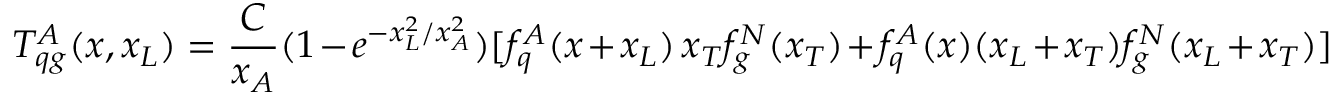
T _ { q g } ^ { A } ( x , x _ { L } ) = \frac { C } { x _ { A } } ( 1 - e ^ { - x _ { L } ^ { 2 } / x _ { A } ^ { 2 } } ) [ f _ { q } ^ { A } ( x + x _ { L } ) \, x _ { T } f _ { g } ^ { N } ( x _ { T } ) + f _ { q } ^ { A } ( x ) ( x _ { L } + x _ { T } ) f _ { g } ^ { N } ( x _ { L } + x _ { T } ) ] \,